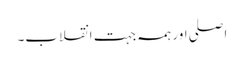
اصلی اور ہمہ جہت انقلاب۔